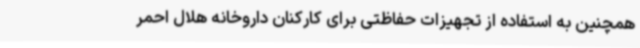
همچنین به استفاده از تجهیزات حفاظتی برای کارکنان داروخانه هلال احمر